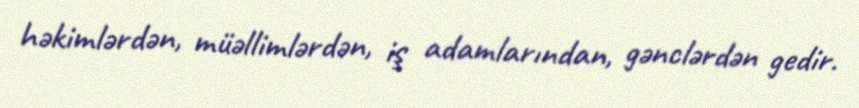
həkimlərdən, müəllimlərdən, iş adamlarından, gənclərdən gedir.